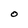
Character: O